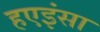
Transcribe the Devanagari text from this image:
हएइंसा